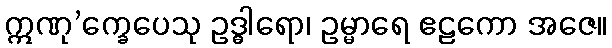
ဣဏု’က္ခေပေသု ဥဒ္ဓါရော၊ ဥမ္မာရေ ဧဠကော အဇေ။